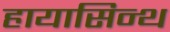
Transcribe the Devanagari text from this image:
हायासिन्थ